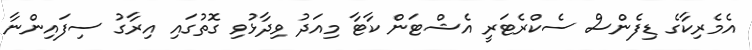
އެމެރިކާގެ ޑިފެންސް ސެކްރެޓަރީ އެޝްޓަން ކާޓާ މިއަދު ވިދާޅުވި ގޮތުގައި އިރާގު ސިފައިންނާ